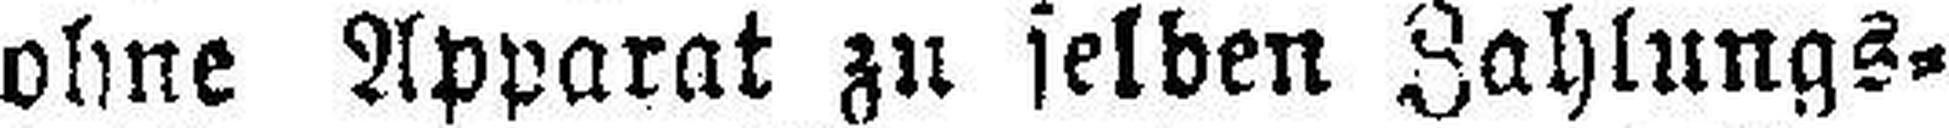
ohne Apparat zu selben Zahlungs¬